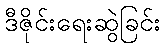
ဒီဇိုင်းရေးဆွဲခြင်း